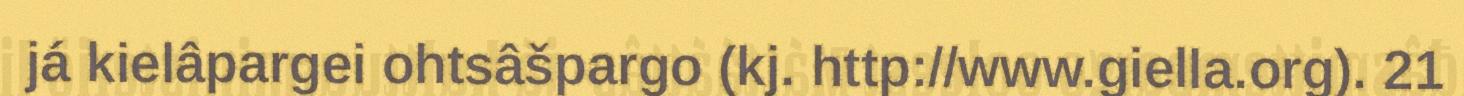
já kielâpargei ohtsâšpargo (kj. http://www.giella.org). 21